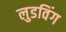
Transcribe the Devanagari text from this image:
लुडविंग